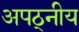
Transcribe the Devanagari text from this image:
अपठ्नीय